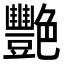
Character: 艷